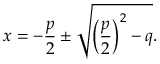
x = - { \frac { p } { 2 } } \pm { \sqrt { \left( { \frac { p } { 2 } } \right) ^ { 2 } - q } } .